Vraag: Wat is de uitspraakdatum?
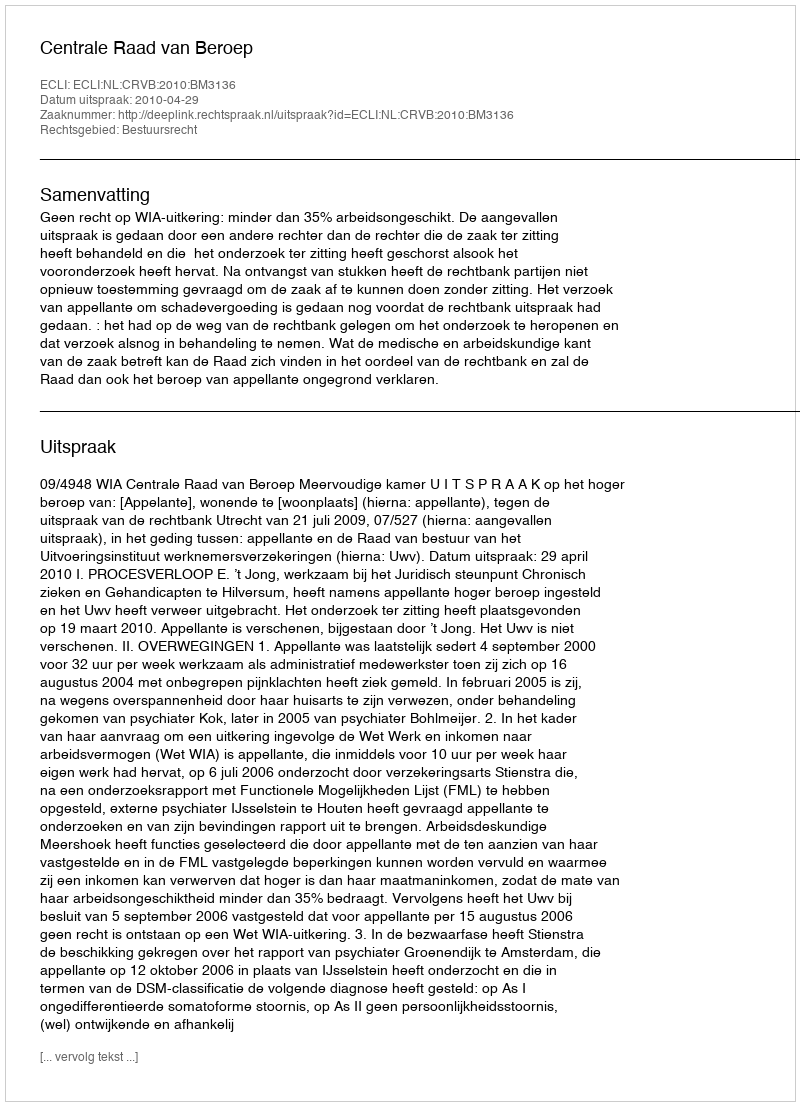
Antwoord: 2010-04-29